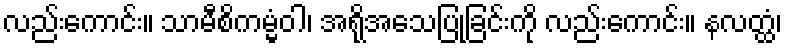
လည်းကောင်း။ သာမီစိကမ္မံဝါ၊ အရိုအသေပြုခြင်းကို လည်းကောင်း။ နလတ္ထံ၊